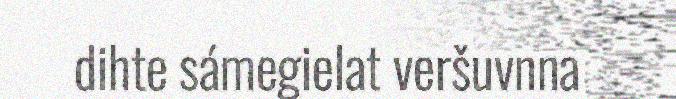
dihte sámegielat veršuvnna